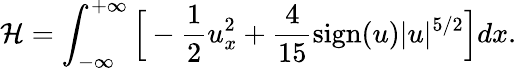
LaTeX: \mathcal{H}=\int_{-\infty}^{+\infty}\Big[-\frac{1}{2}u_{x}^{2}+\frac{4}{15}\mathrm{sign}(u)|u|^{5/2}\Big]dx.